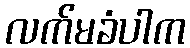
လက်မခံပါက